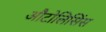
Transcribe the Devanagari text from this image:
औटोलिसिंस